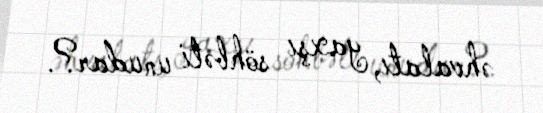
əhvalatı, yaxşı söhbəti unudar?.